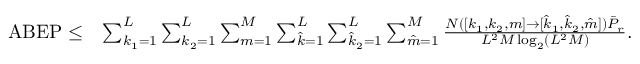
\begin{array} { r l } { \mathrm { A B E P } \leq } & { \sum _ { k _ { 1 } = 1 } ^ { L } \sum _ { { k _ { 2 } } = 1 } ^ { L } \sum _ { m = 1 } ^ { M } \sum _ { \hat { k } = 1 } ^ { L } \sum _ { { \hat { k } _ { 2 } } = 1 } ^ { L } \sum _ { \hat { m } = 1 } ^ { M } \frac { N ( [ k _ { 1 } , k _ { 2 } , m ] \to [ \hat { k } _ { 1 } , \hat { k } _ { 2 } , \hat { m } ] ) \bar { P } _ { r } } { { { L ^ { 2 } M \log _ { 2 } ( L ^ { 2 } M ) } } } . } \end{array}